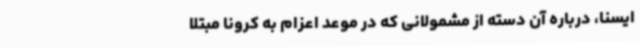
ایسنا، درباره آن دسته از مشمولانی که در موعد اعزام به کرونا مبتلا